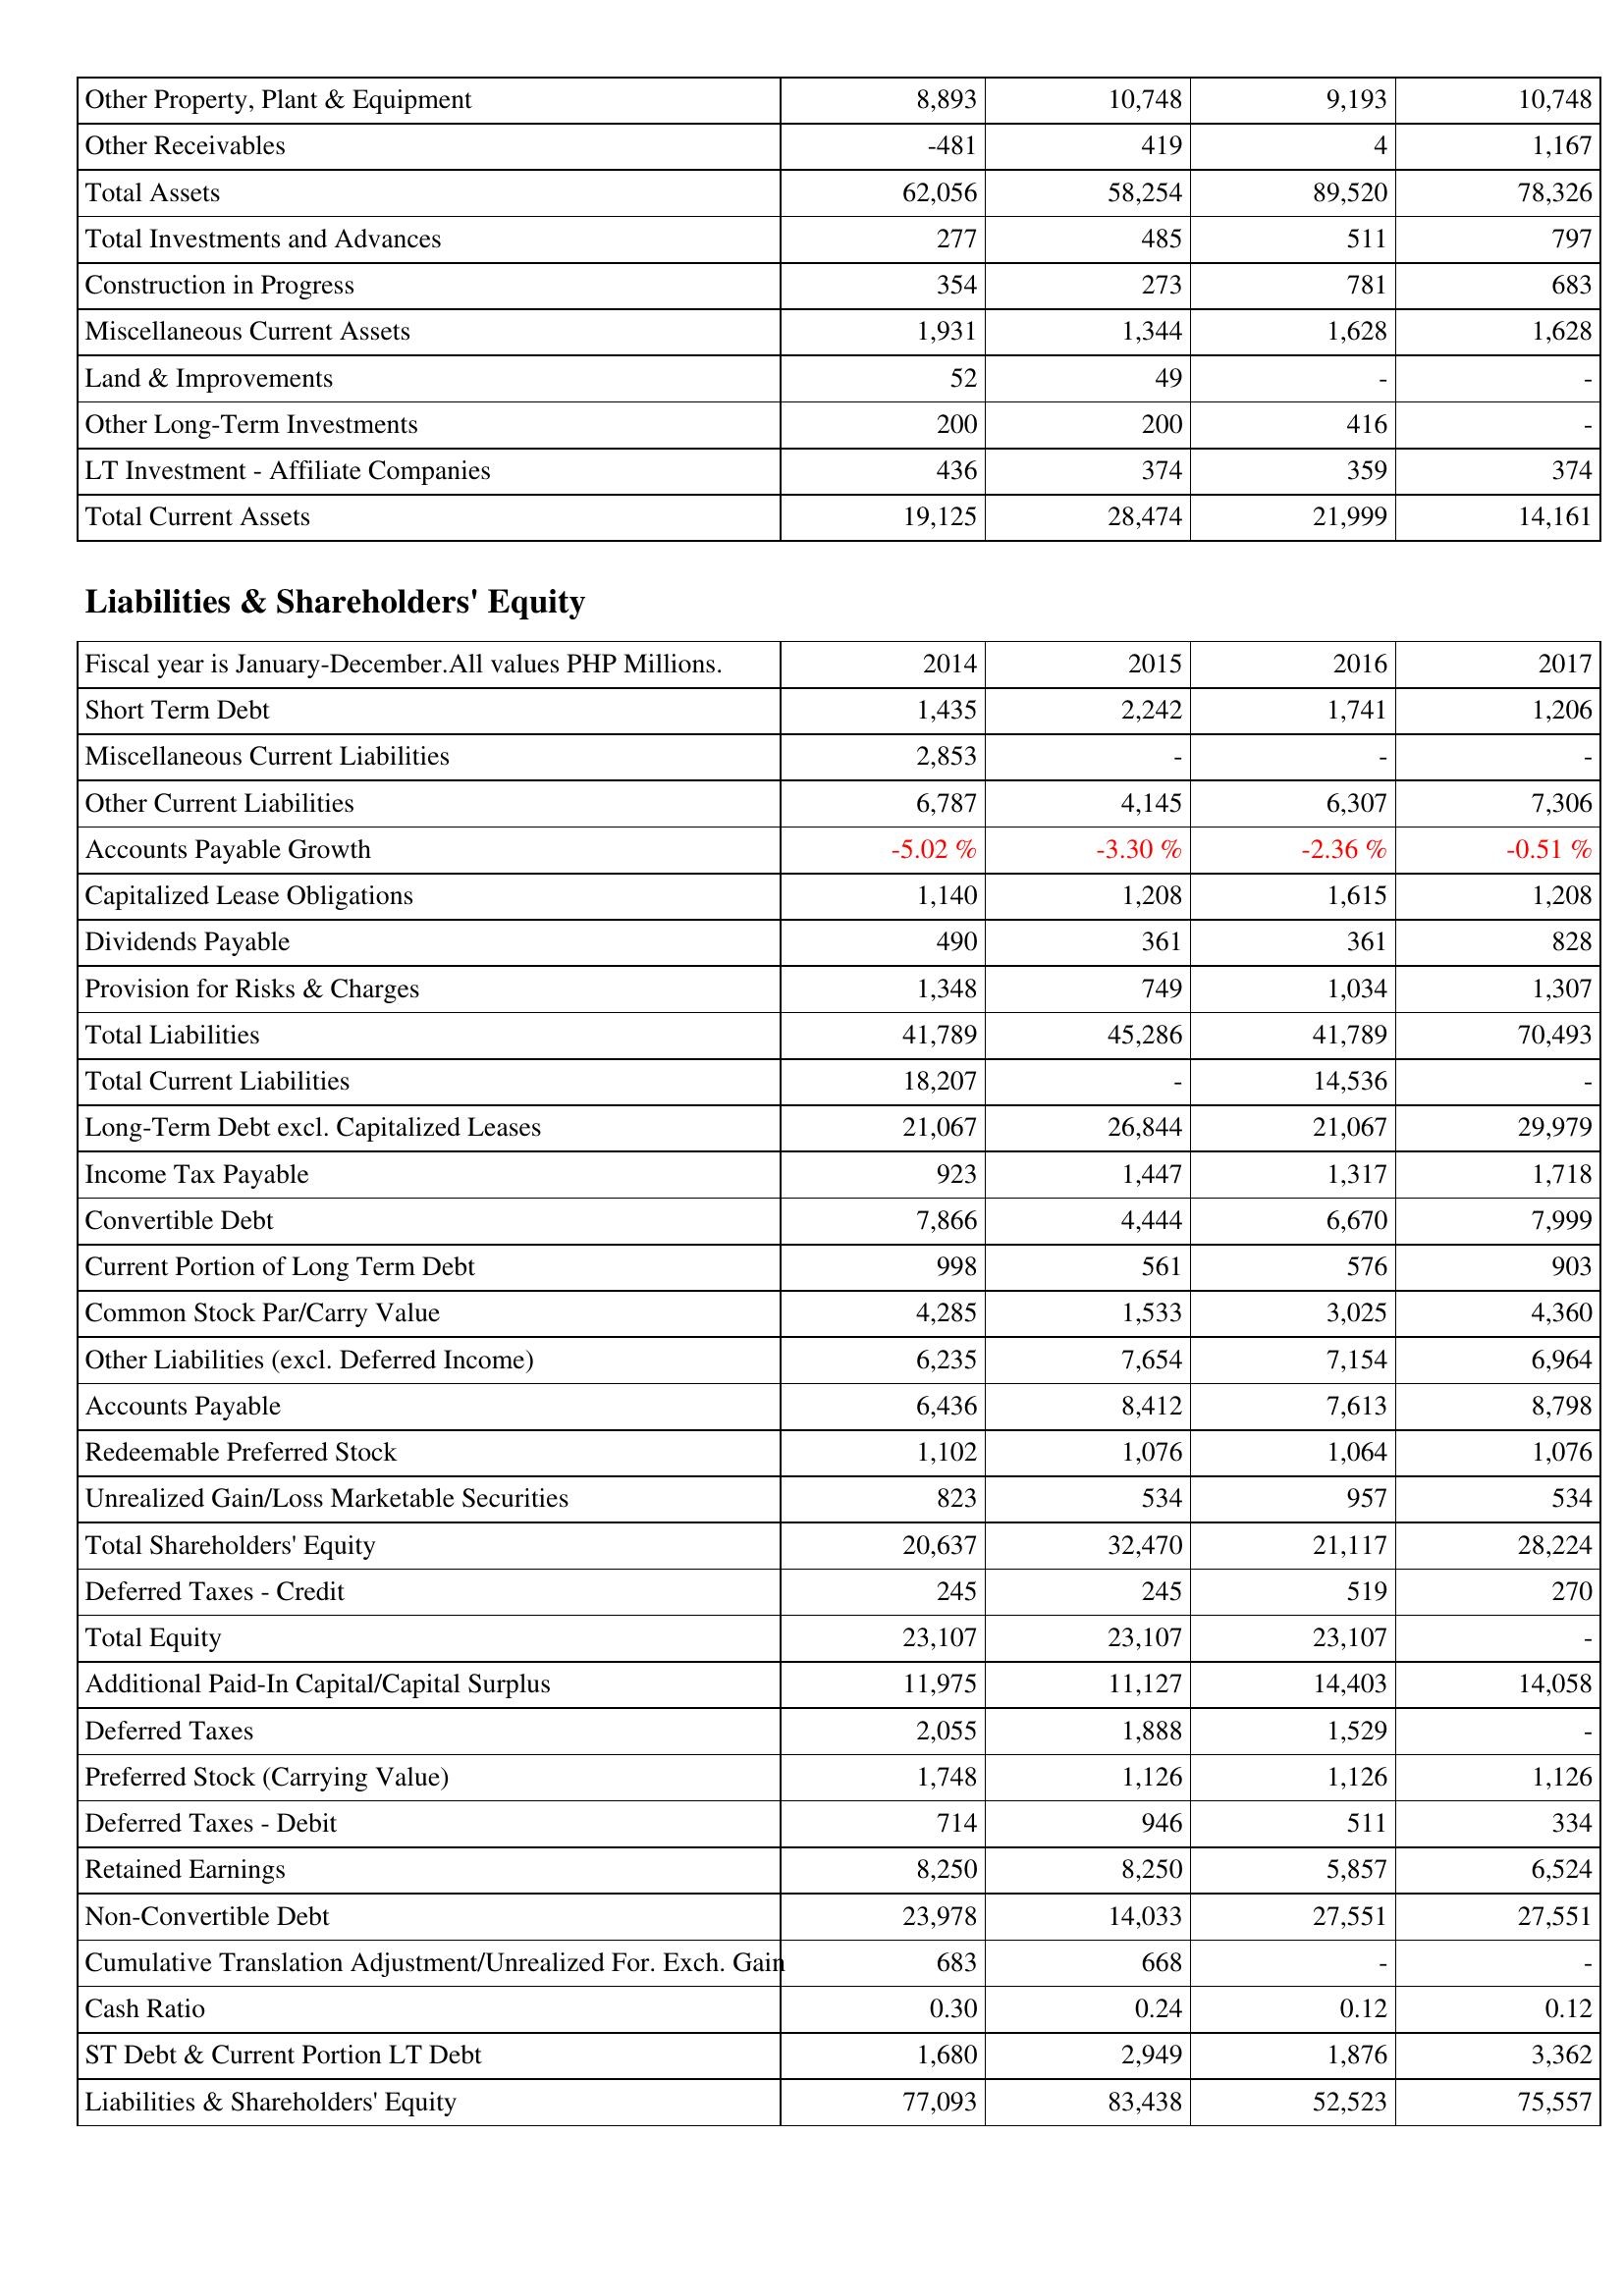
2014: Assets: Other Property, Plant & Equipment: 8,893
Other Receivables: -481
Total Assets: 62,056
Total Investments and Advances: 277
Construction in Progress: 354
Miscellaneous Current Assets: 1,931
Land & Improvements: 52
Other Long-Term Investments: 200
LT Investment - Affiliate Companies: 436
Total Current Assets: 19,125
Liabilities & Shareholders' Equity: Short Term Debt: 1,435
Miscellaneous Current Liabilities: 2,853
Other Current Liabilities: 6,787
Accounts Payable Growth: -5.02 %
Capitalized Lease Obligations: 1,140
Dividends Payable: 490
Provision for Risks & Charges: 1,348
Total Liabilities: 41,789
Total Current Liabilities: 18,207
Long-Term Debt excl. Capitalized Leases: 21,067
Income Tax Payable: 923
Convertible Debt: 7,866
Current Portion of Long Term Debt: 998
Common Stock Par/Carry Value: 4,285
Other Liabilities (excl. Deferred Income): 6,235
Accounts Payable: 6,436
Redeemable Preferred Stock: 1,102
Unrealized Gain/Loss Marketable Securities: 823
Total Shareholders' Equity: 20,637
Deferred Taxes - Credit: 245
Total Equity: 23,107
Additional Paid-In Capital/Capital Surplus: 11,975
Deferred Taxes: 2,055
Preferred Stock (Carrying Value): 1,748
Deferred Taxes - Debit: 714
Retained Earnings: 8,250
Non-Convertible Debt: 23,978
Cumulative Translation Adjustment/Unrealized For. Exch. Gain: 683
Cash Ratio: 0.30
ST Debt & Current Portion LT Debt: 1,680
Liabilities & Shareholders' Equity: 77,093
2015: Assets: Other Property, Plant & Equipment: 10,748
Other Receivables: 419
Total Assets: 58,254
Total Investments and Advances: 485
Construction in Progress: 273
Miscellaneous Current Assets: 1,344
Land & Improvements: 49
Other Long-Term Investments: 200
LT Investment - Affiliate Companies: 374
Total Current Assets: 28,474
Liabilities & Shareholders' Equity: Short Term Debt: 2,242
Miscellaneous Current Liabilities: -
Other Current Liabilities: 4,145
Accounts Payable Growth: -3.30 %
Capitalized Lease Obligations: 1,208
Dividends Payable: 361
Provision for Risks & Charges: 749
Total Liabilities: 45,286
Total Current Liabilities: -
Long-Term Debt excl. Capitalized Leases: 26,844
Income Tax Payable: 1,447
Convertible Debt: 4,444
Current Portion of Long Term Debt: 561
Common Stock Par/Carry Value: 1,533
Other Liabilities (excl. Deferred Income): 7,654
Accounts Payable: 8,412
Redeemable Preferred Stock: 1,076
Unrealized Gain/Loss Marketable Securities: 534
Total Shareholders' Equity: 32,470
Deferred Taxes - Credit: 245
Total Equity: 23,107
Additional Paid-In Capital/Capital Surplus: 11,127
Deferred Taxes: 1,888
Preferred Stock (Carrying Value): 1,126
Deferred Taxes - Debit: 946
Retained Earnings: 8,250
Non-Convertible Debt: 14,033
Cumulative Translation Adjustment/Unrealized For. Exch. Gain: 668
Cash Ratio: 0.24
ST Debt & Current Portion LT Debt: 2,949
Liabilities & Shareholders' Equity: 83,438
2016: Assets: Other Property, Plant & Equipment: 9,193
Other Receivables: 4
Total Assets: 89,520
Total Investments and Advances: 511
Construction in Progress: 781
Miscellaneous Current Assets: 1,628
Land & Improvements: -
Other Long-Term Investments: 416
LT Investment - Affiliate Companies: 359
Total Current Assets: 21,999
Liabilities & Shareholders' Equity: Short Term Debt: 1,741
Miscellaneous Current Liabilities: -
Other Current Liabilities: 6,307
Accounts Payable Growth: -2.36 %
Capitalized Lease Obligations: 1,615
Dividends Payable: 361
Provision for Risks & Charges: 1,034
Total Liabilities: 41,789
Total Current Liabilities: 14,536
Long-Term Debt excl. Capitalized Leases: 21,067
Income Tax Payable: 1,317
Convertible Debt: 6,670
Current Portion of Long Term Debt: 576
Common Stock Par/Carry Value: 3,025
Other Liabilities (excl. Deferred Income): 7,154
Accounts Payable: 7,613
Redeemable Preferred Stock: 1,064
Unrealized Gain/Loss Marketable Securities: 957
Total Shareholders' Equity: 21,117
Deferred Taxes - Credit: 519
Total Equity: 23,107
Additional Paid-In Capital/Capital Surplus: 14,403
Deferred Taxes: 1,529
Preferred Stock (Carrying Value): 1,126
Deferred Taxes - Debit: 511
Retained Earnings: 5,857
Non-Convertible Debt: 27,551
Cumulative Translation Adjustment/Unrealized For. Exch. Gain: -
Cash Ratio: 0.12
ST Debt & Current Portion LT Debt: 1,876
Liabilities & Shareholders' Equity: 52,523
2017: Assets: Other Property, Plant & Equipment: 10,748
Other Receivables: 1,167
Total Assets: 78,326
Total Investments and Advances: 797
Construction in Progress: 683
Miscellaneous Current Assets: 1,628
Land & Improvements: -
Other Long-Term Investments: -
LT Investment - Affiliate Companies: 374
Total Current Assets: 14,161
Liabilities & Shareholders' Equity: Short Term Debt: 1,206
Miscellaneous Current Liabilities: -
Other Current Liabilities: 7,306
Accounts Payable Growth: -0.51 %
Capitalized Lease Obligations: 1,208
Dividends Payable: 828
Provision for Risks & Charges: 1,307
Total Liabilities: 70,493
Total Current Liabilities: -
Long-Term Debt excl. Capitalized Leases: 29,979
Income Tax Payable: 1,718
Convertible Debt: 7,999
Current Portion of Long Term Debt: 903
Common Stock Par/Carry Value: 4,360
Other Liabilities (excl. Deferred Income): 6,964
Accounts Payable: 8,798
Redeemable Preferred Stock: 1,076
Unrealized Gain/Loss Marketable Securities: 534
Total Shareholders' Equity: 28,224
Deferred Taxes - Credit: 270
Total Equity: -
Additional Paid-In Capital/Capital Surplus: 14,058
Deferred Taxes: -
Preferred Stock (Carrying Value): 1,126
Deferred Taxes - Debit: 334
Retained Earnings: 6,524
Non-Convertible Debt: 27,551
Cumulative Translation Adjustment/Unrealized For. Exch. Gain: -
Cash Ratio: 0.12
ST Debt & Current Portion LT Debt: 3,362
Liabilities & Shareholders' Equity: 75,557